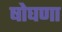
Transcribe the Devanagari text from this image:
षोघणा